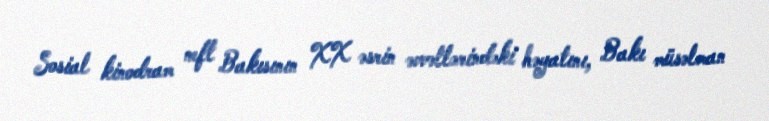
Sosial kinodram neft Bakısının XX əsrin əvvəllərindəki həyatını, Bakı müsəlman